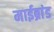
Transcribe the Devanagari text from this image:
माईब्रांड